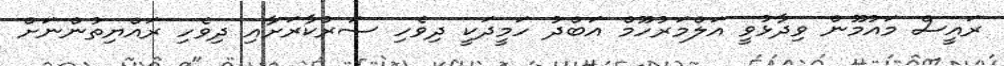
ރައީސް މައުމޫން ވިދާޅުވީ އަލްމަރުހޫމް އަބްދު ހަމީދަކީ ދިވެހި ސަރުކާރަށާއި ދިވެހި ރައްޔިތުންނަށް